Report on horse surra - Volume I
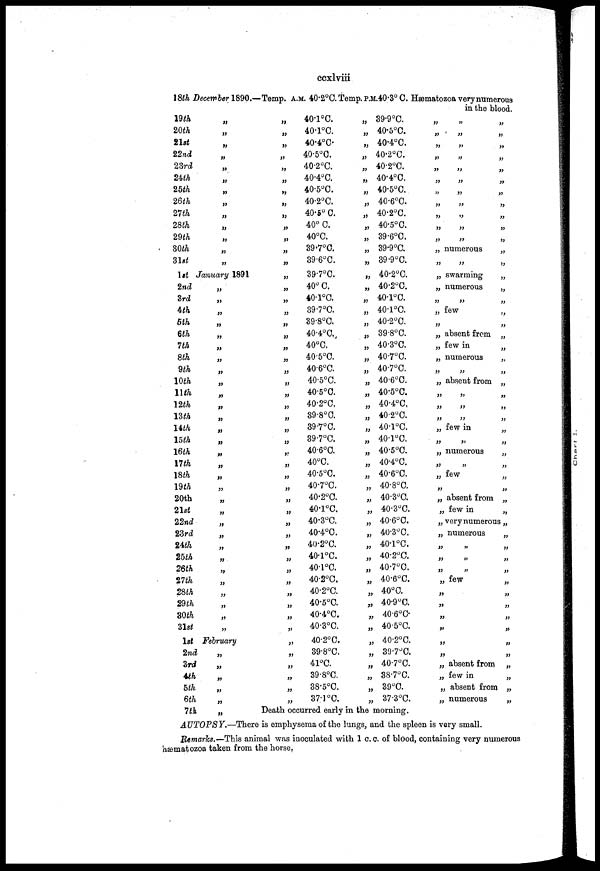
ccxlviii
18th December 1890.
19th
20th
21st
22nd
23rd
24th
25th
26th
27th
28th
29th
30th
31st
„
„
„
„
„
„
„
„
„
„
„
„
„
1st January 1891
2nd
3rd
4th
5th
6th
7th
8th
9th
10th
11th
12th
13th
14th
15th
16th
17th
18th
19th
20th
21st
22nd
23rd
24th
25th
26th
27th
28th
29th
30th
31st
1st
2nd
3rd
4th
5th
6th
7th
„
„
„
„
„
„
„
„
„
„
„
„
„
„
„
„
„
„
„
„
„
„
„
„
„
„
„
„
„
„
February
„
„
„
„
„
„
—Temp. A.M. 40.2°C.Temp.P.M.40.3°C.
„
„
„
„
„
„
„
„
„
„
„
„
„
„
„
„
„
„
„
„
„
„
„
„
„
„
„
„
„
„
„
„
„
„
„
„
„
„
„
„
„
„
„
„
„
„
„
„
„
„
40.1°C.
40.1°C.
40.4°C.
40.5°C.
40.2°C.
40.4°C.
40.5°C.
40.2°C.
40.5°C.
40°C.
40°C.
39.7°C.
39.6°C.
39.7°C.
40ºC.
40.1°C.
39.7°C.
39.8°C.
40.4°C.
40°C.
40.5°C.
40.6°C.
40.5°C.
40.5°C.
40.2°C,
39.8°C.
39.7°C.
39.7°C.
40.6°C.
40°C.
40.5°C.
40.7°C.
40.2°C.
40.1°C.
40.3°C.
40.4°C.
40.2°C.
40.1°C.
40.1°C.
40.2°C,
40.2°C.
40.5°C.
40.4°C.
40.3°C.
40.2°C.
39.8°C.
41°C.
39.8°C.
38.5°C.
37.1°C.
„ 39.9°C.
„ 40.5°C.
„ 40.4°C.
„ 40.2°C.
„ 40.2°C.
„ 40.4°C.
„ 40.5°C.
„ 40.6°C.
„ 40.2°C.
„ 40.5°C.
„ 39.6°C.
„ 39.9°C.
„ 39.9°C.
„ 40.2°C.
„ 40.2°C.
„ 40.1°C.
„ 40.1°C.
„ 40.2°C.
„ 39.8°C.
„ 40.3°C.
„ 40.7°C.
„ 40.7°C.
„ 40.6°C.
„ 40.5°C.
„ 40.4°C,
„ 40.2°C.
„ 40.1°C.
„ 40.1°C.
„ 40.5°C.
„ 40.4°C.
„ 40.6°C.
„ 40.8°C.
„ 40.3°C.
„ 40.3°C.
„ 40.6°C.
„ 40.3°C.
„ 40.1°C.
„ 40.2°C.
„ 40.7°C.
„ 40.6°C.
„ 40°C.
„ 40.9°C.
„ 40.6°C.
„ 40.5°C.
„ 40.2°C.
„ 39.7°C.
„ 40.7°C.
„ 38.7°C.
„ 39°C.
„ 37.3°C.
Death occurred early in the morning.
Hæmatozoa very numerous
in the blood.
„
„
„
„
„
„
„
„
„
„
„
„
„
„
„
„
„
„
„
„
„
„
„ numerous
„ „
„ swarming
„ numerous
„
„
„
few
„
„ absent from
„ few in
„ numerous
„
„
„ absent from
„
„
„
„
„
„
„ few in
„
„
„ numerous
„
„
„
few
„
„ absent from
„ few in
„
„
„
„
„
„
„
„
„
„
„
„
„
„
„
„
„
„
„
„
„
„
„
„
„
„
„
„
„
„
„
„
„
„
„ very numerous„
„ numerous
„
„
„
„
„
„
„ few
„
„
„
„
„
„
„ absent from
„ few in
„ absent from
„ numerous
„
„
„
„
„
„
„
„
„
„
„
„
„
„
„
AUTOPSY.—There is emphysema of the lungs, and the spleen is very small.
Remarks.—This animal was inoculated with 1 c. c. of blood, containing very numerous
hæmatozoa taken from the horse.